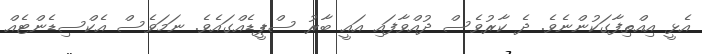
އެޅީ އިއްތިފާގަކުންނެވެ. ދެ ކާރުވެސް ދުއްވާފައި އައީ ބާރު ސްޕީޑެއްގައެވެ. ނަމަވެސް އެކްސިޑެންޓެއް